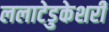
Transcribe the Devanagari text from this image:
ललाटेडुकेशरी